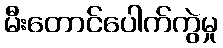
မီးတောင်ပေါက်ကွဲမှု